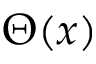
\Theta ( x )